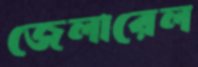
জেলারেল